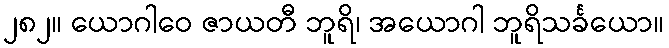
၂၈၂။ ယောဂါဝေ ဇာယတီ ဘူရိ၊ အယောဂါ ဘူရိသင်္ခယော။